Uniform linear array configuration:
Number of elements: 64
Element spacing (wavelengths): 1
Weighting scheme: kaiser
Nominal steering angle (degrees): -15
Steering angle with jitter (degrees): -16.335
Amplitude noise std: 0.05
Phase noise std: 0.05

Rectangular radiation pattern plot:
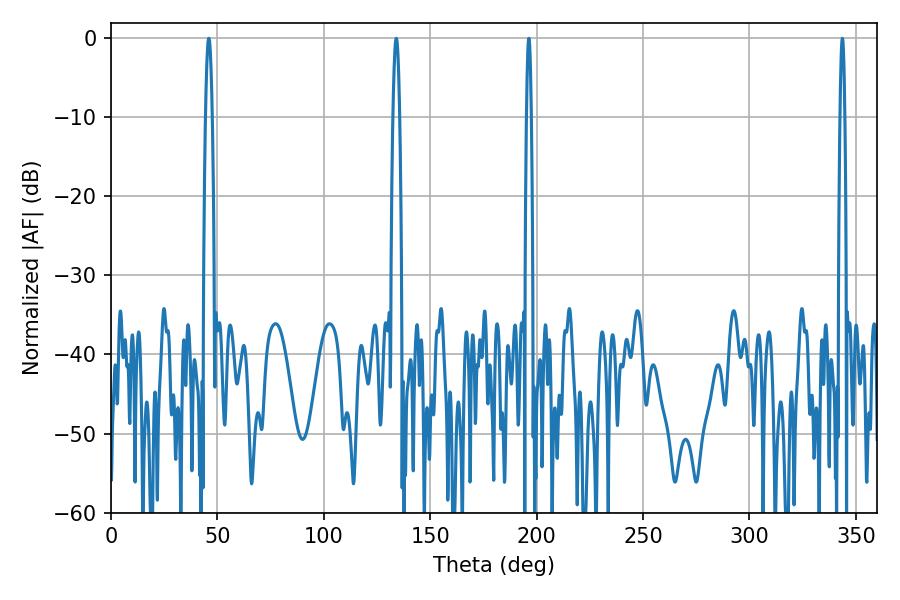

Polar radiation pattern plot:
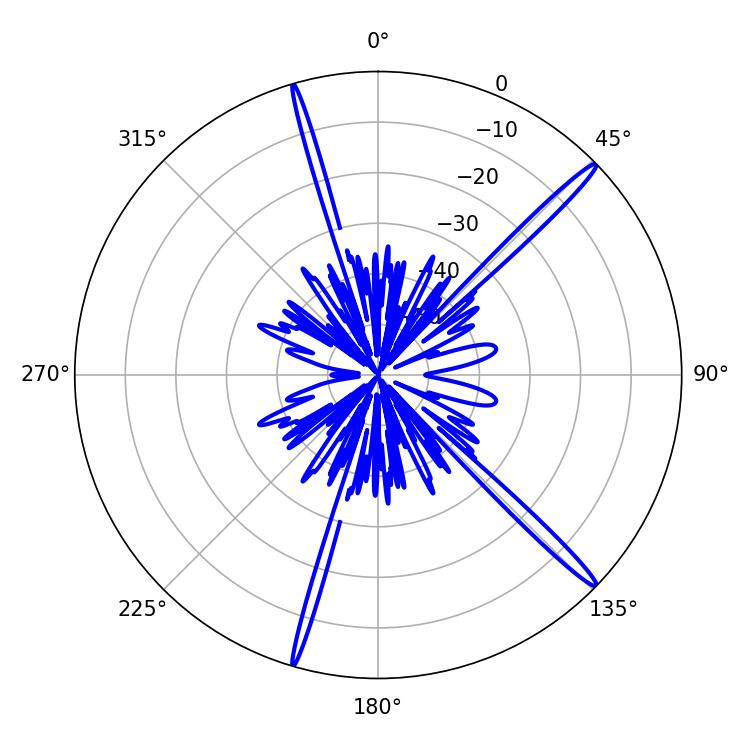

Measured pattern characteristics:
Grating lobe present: TRUE
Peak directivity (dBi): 17.629
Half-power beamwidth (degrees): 1.62
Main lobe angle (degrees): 45.9